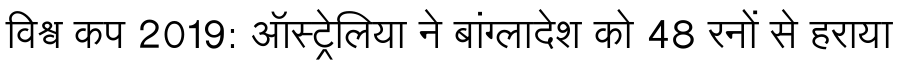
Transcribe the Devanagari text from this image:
विश्व कप 2019: ऑस्ट्रेलिया ने बांग्लादेश को 48 रनों से हराया